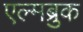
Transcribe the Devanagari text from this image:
एल्मब्रुक